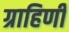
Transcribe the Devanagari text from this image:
ग्राहिणी